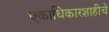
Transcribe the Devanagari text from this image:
एकाधिकारशाहीचे